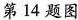
第14题图